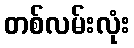
တစ်လမ်းလုံး